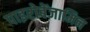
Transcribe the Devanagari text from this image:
पाइरोबेंजामिन